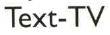
Text-TV